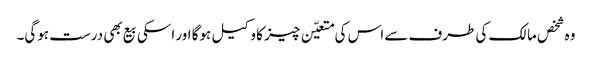
وہ شخص مالک کی طرف سے اس کی متعیّن چیز کا وکیل ہوگا اور اسکی بیع بھی درست ہوگی۔